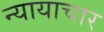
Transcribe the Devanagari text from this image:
न्यायाचार